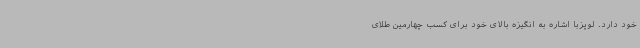
خود دارد. لوپزبا اشاره به انگیزه بالای خود برای کسب چهارمین طلای